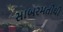
સાબરમતીથી